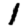
Digit: 1